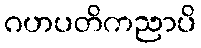
ဂဟပတိကညာပိ